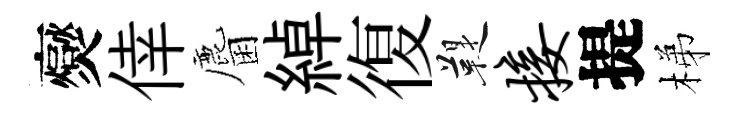
爕倖麕綽復鞮接提梯